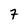
Character: 7